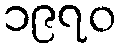
၁၉၇၀